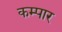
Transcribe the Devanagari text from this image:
कम्पार